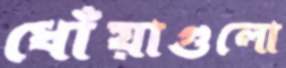
ধোঁয়াগুলো